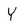
Character: Y